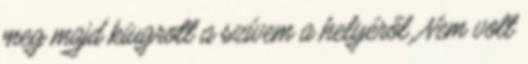
meg majd kiugrott a szívem a helyéről. Nem volt